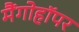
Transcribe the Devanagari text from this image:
मैंगोहॉपर